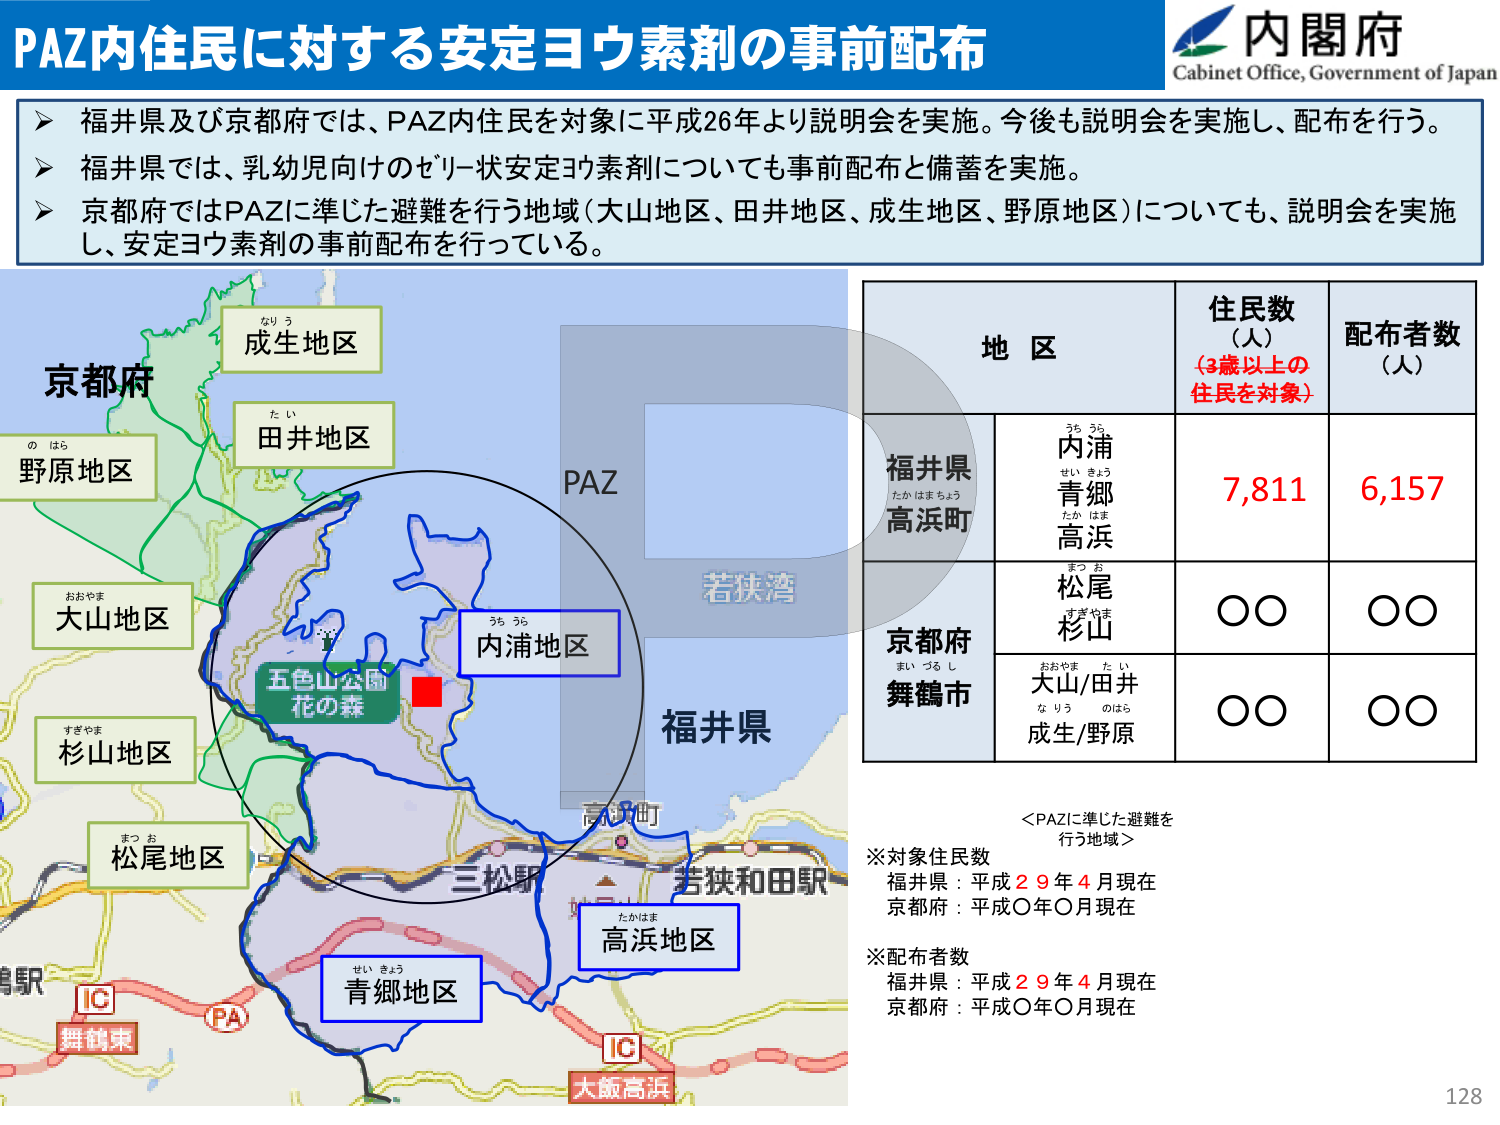
PAZ内住民に対する安定ヨウ素剤の事前配布
内閣府
Cabinet Office, Government of Japan
▶ 福井県及び京都府では、PAZ内住民を対象に平成26年より説明会を実施。今後も説明会を実施し、配布を行う。
▶ 福井県では、乳幼児向けのゼリー状安定ヨウ素剤についても事前配布と備蓄を実施。
▶ 京都府ではPAZに準じた避難を行う地域（大山地区、田井地区、成生地区、野原地区）についても、説明会を実施
し、安定ヨウ素剤の事前配布を行っている。
京都府
なりう
成生地区
たい
田井地区
の はら
野原地区
おおやま
大山地区
すきやま
杉山地区
まつお
松尾地区
PAZ
若狭湾
五色山公園
花の森
うち うら
内浦地区
福井県
たかはまちょう
高浜町
せい きょう
青郷
たか はま
高浜
まつお
松尾
すきやま
杉山
まい つる し
舞鶴市
おおやま たい
大山/田井
なりう のはら
成生/野原
高浜町
三松駅
若狭和田駅
たかはま
高浜地区
せい きょう
青郷地区
IC
舞鶴東
PA
IC
大阪高浜
地 区
住民数
（人）
（3歳以上の
住民を対象）
配布者数
（人）
福井県
高浜町
7,811
6,157
京都府
舞鶴市
○○
○○
大山/田井
成生/野原
○○
○○
＜PAZに準じた避難を
行う地域＞
※対象住民数
福井県：平成29年4月現在
京都府：平成○年○月現在
※配布者数
福井県：平成29年4月現在
京都府：平成○年○月現在
128